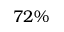
7 2 \%